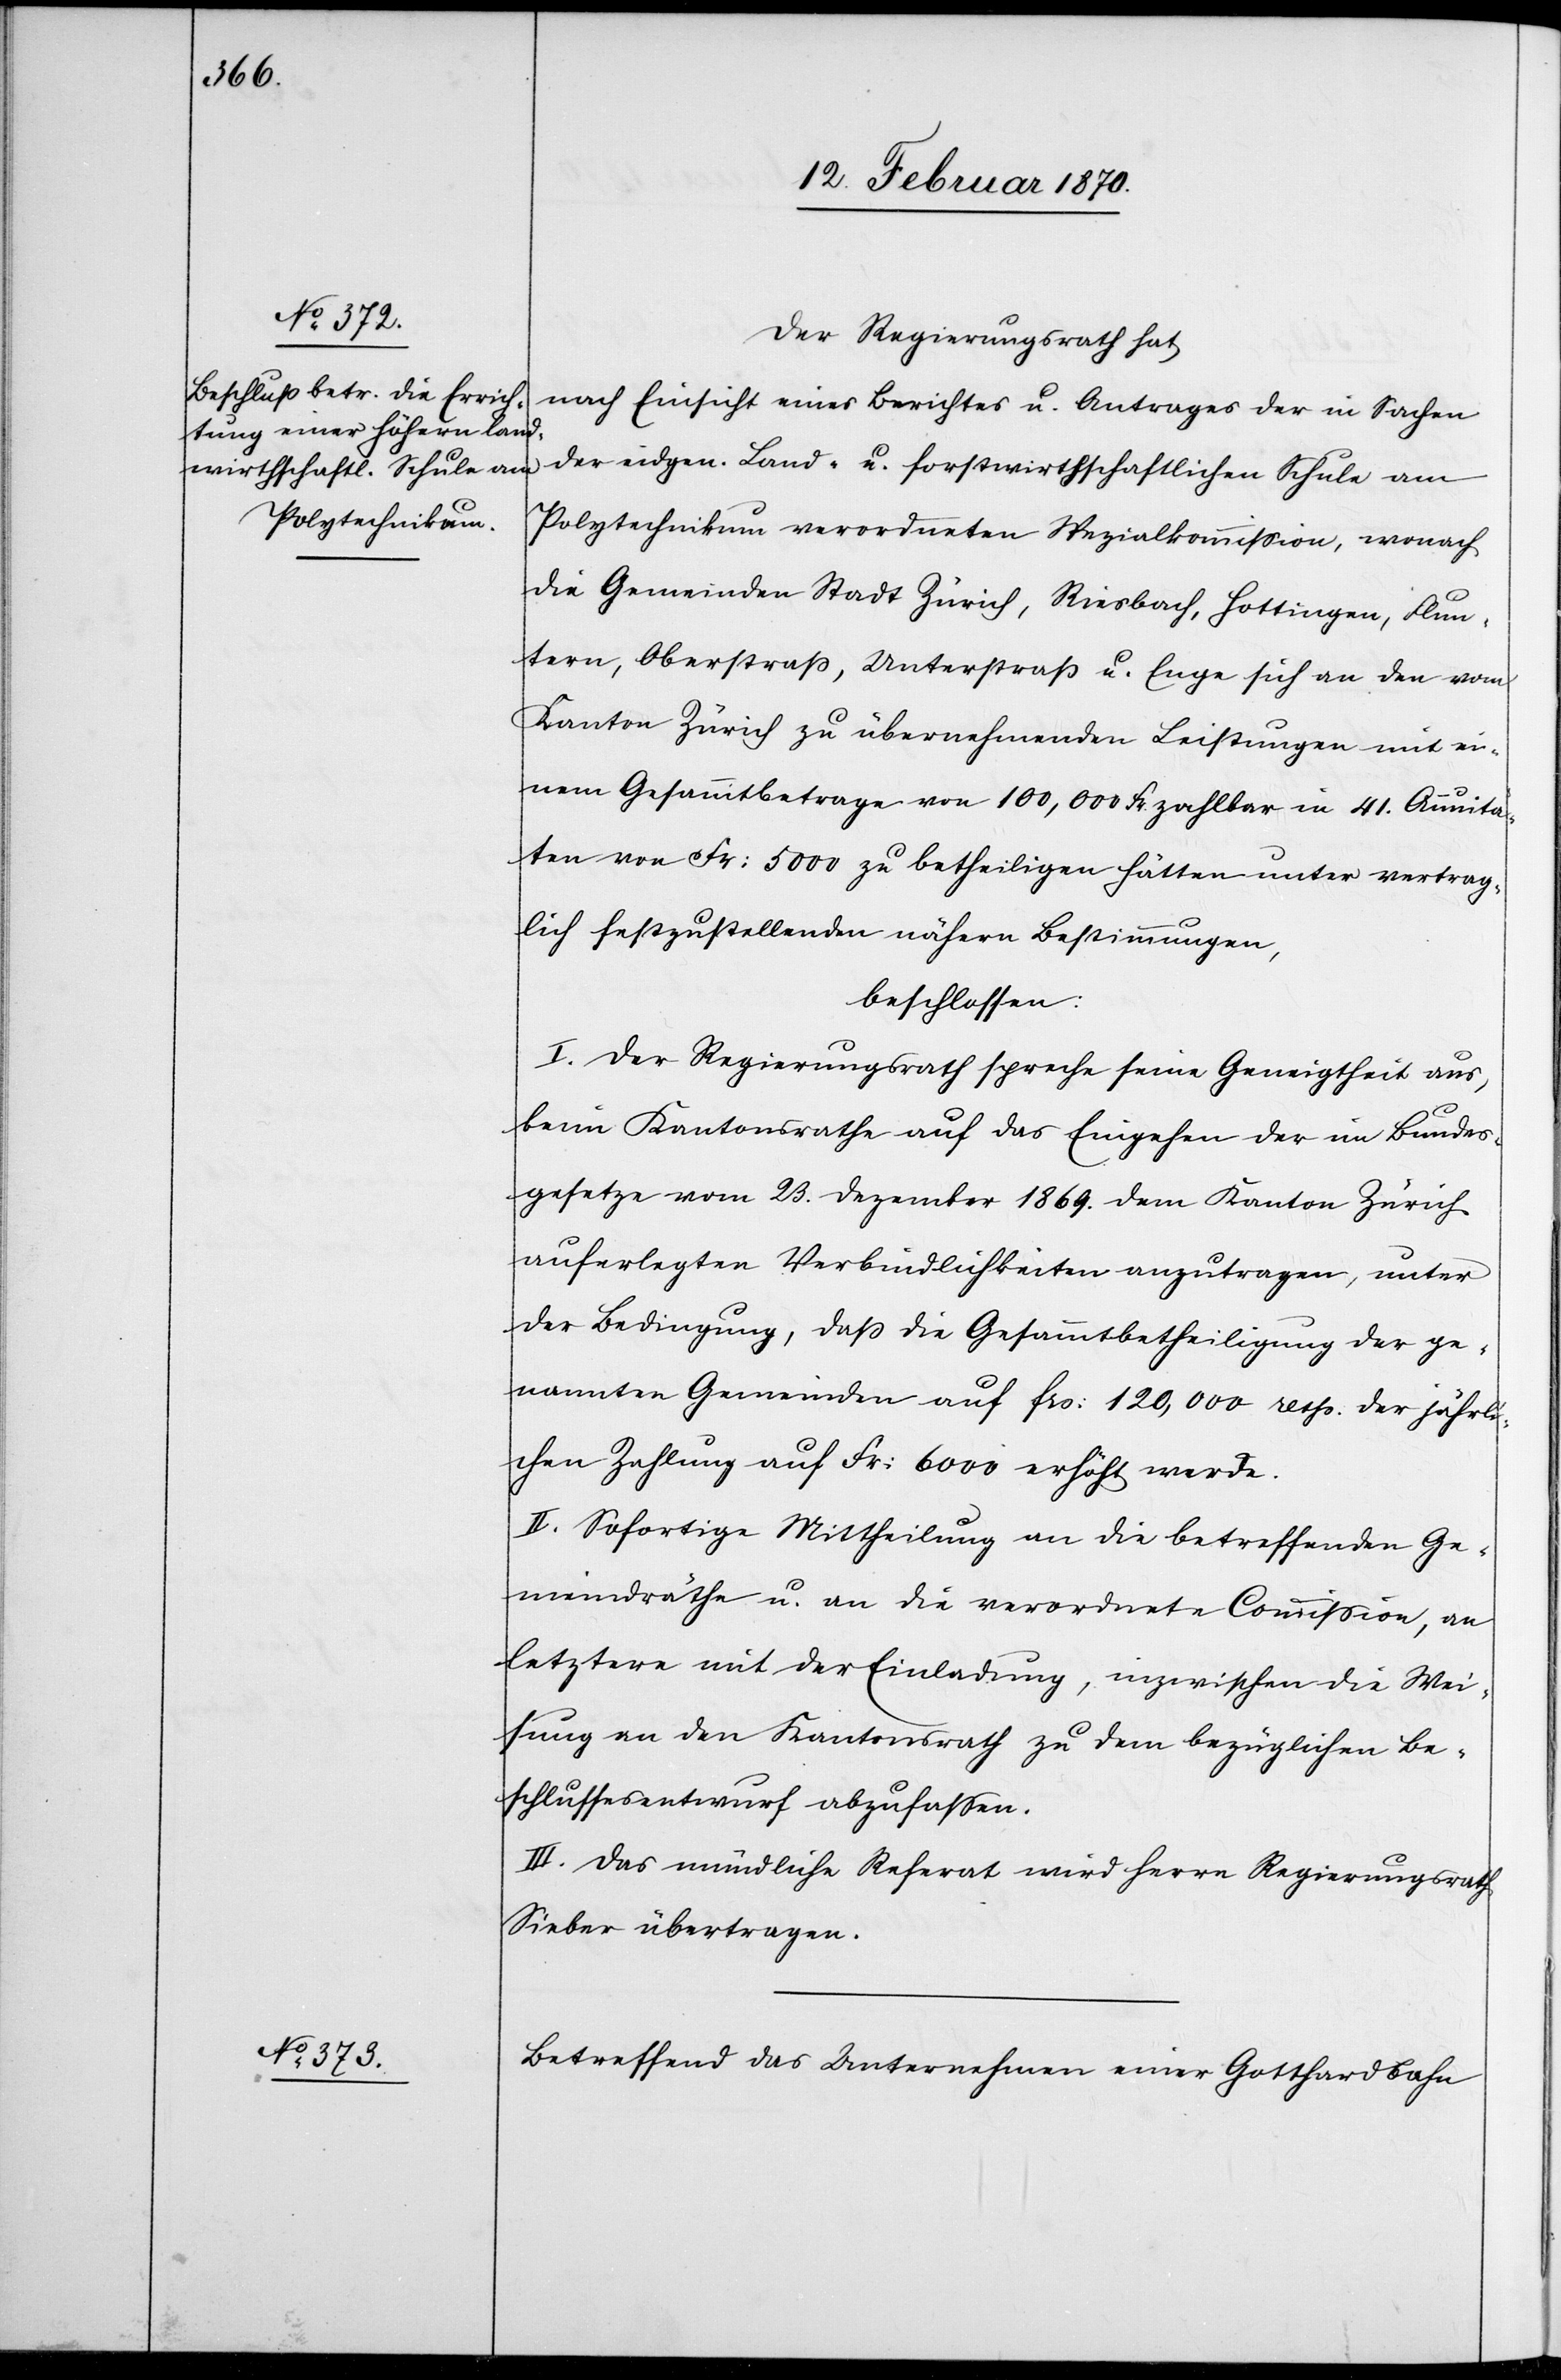
Der Regierungsrath hat
nach Einsicht eines Berichtes u. Antrages der in Sachen
der eidgen. land- u. forstwirthschaftlichen Schule am
Polytechnikum verordneten Spezialkommission, wonach
die Gemeinden Stadt Zürich, Riesbach, Hottingen, Flun¬
tern, Oberstrass, Unterstraß u. Enge sich an den vom
Kanton Zürich zu übernehmenden Leistungen mit ei¬
nem Gesammtbetrage von 100,000 Fr. zahlbar in 41. Annuitä¬
ten von Fr: 5000 zu betheiligen hätten unter vertrag¬
lich festzustellenden nähern Bestimmungen,
beschlossen:
I. Der Regierungsrath spreche seine Geneigtheit aus,
beim Kantonsrathe auf das Eingehen der im Bundes¬
gesetze vom 23. Dezember 1869. dem Kanton Zürich
auferlegten Verbindlichkeiten anzutragen, unter
der Bedingung, dass die Gesammtbetheiligung der ge¬
nannten Gemeinden auf frs: 120,000 resp. der jährli¬
chen Zahlung auf Fr. 6000 erhöht werde.
II. Sofortige Mittheilung an die betreffenden Ge¬
meindräthe u. an die verordnete Comission, an
letztere mit der Einladung, inzwischen die Wei¬
sung an den Kantonsrath zu dem bezüglichen Be¬
schlussesentwurf abzufassen.
III. Das mündliche Referat wird Herrn Regierungsrath
Sieber übertragen.
Betreffend das Unternehmen einer Gotthardbahn